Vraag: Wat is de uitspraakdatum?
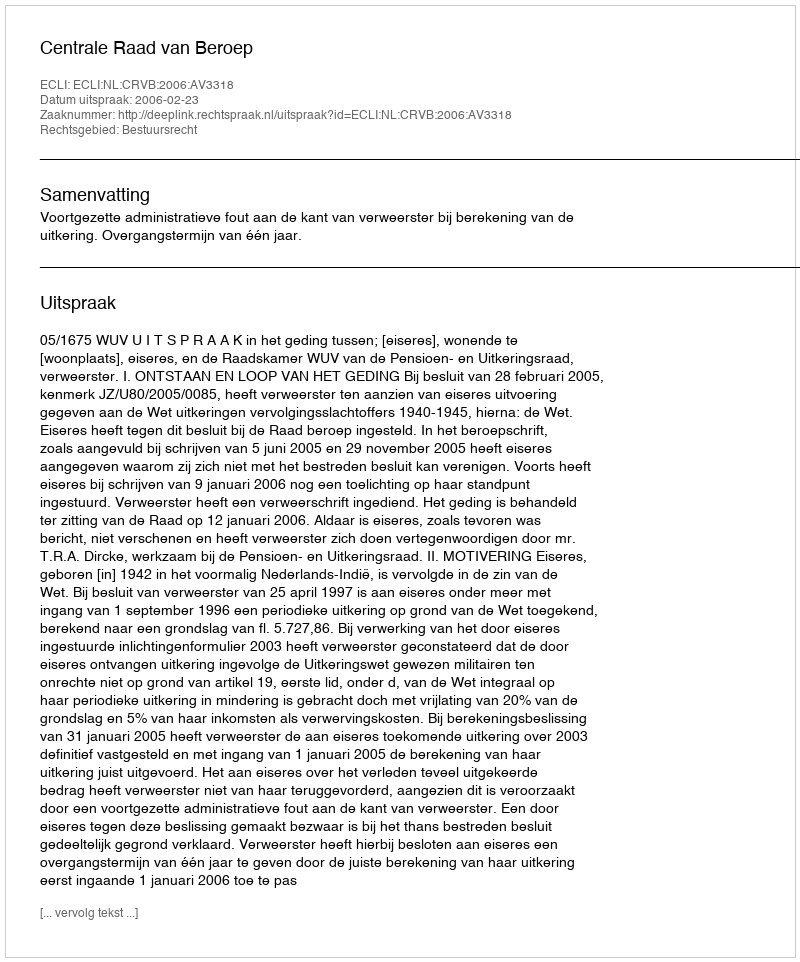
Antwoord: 2006-02-23